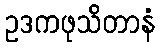
ဥဒကဖုသိတာနံ